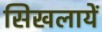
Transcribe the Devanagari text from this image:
सिखलायें